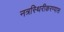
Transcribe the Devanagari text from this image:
नत्रस्थिरीकरण्यास